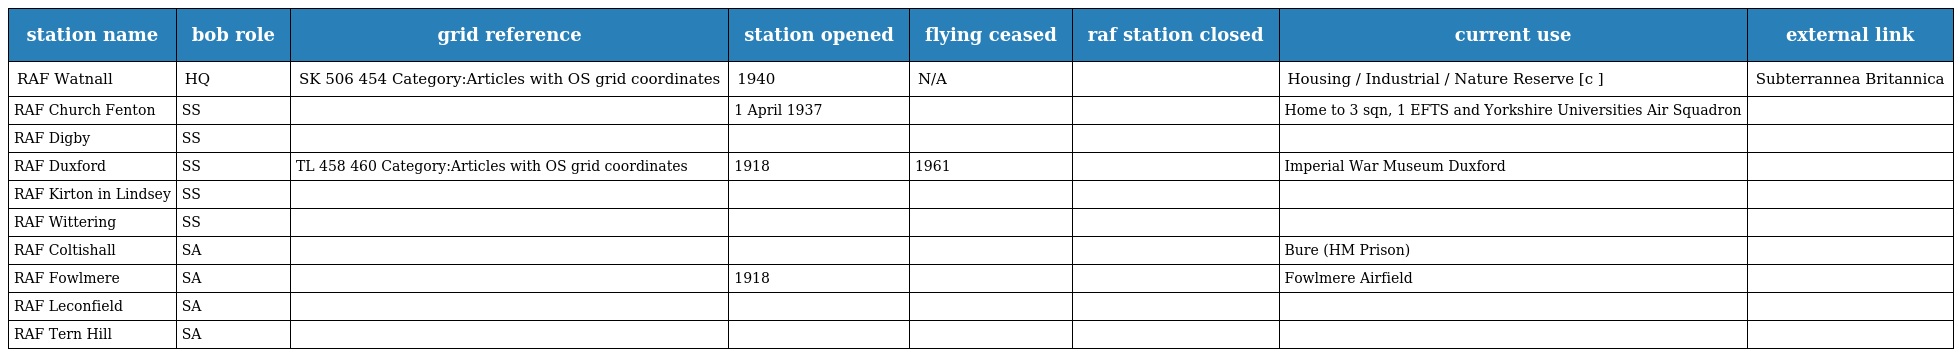
| station name | bob role | grid reference | station opened | flying ceased | raf station closed | current use | external link |
 | --- | --- | --- | --- | --- | --- | --- | --- |
 | RAF Watnall | HQ | SK 506 454 Category:Articles with OS grid coordinates | 1940 | N/A |  | Housing / Industrial / Nature Reserve [c ] | Subterrannea Britannica |
 | RAF Church Fenton | SS |  | 1 April 1937 |  |  | Home to 3 sqn, 1 EFTS and Yorkshire Universities Air Squadron |  |
 | RAF Digby | SS |  |  |  |  |  |  |
 | RAF Duxford | SS | TL 458 460 Category:Articles with OS grid coordinates | 1918 | 1961 |  | Imperial War Museum Duxford |  |
 | RAF Kirton in Lindsey | SS |  |  |  |  |  |  |
 | RAF Wittering | SS |  |  |  |  |  |  |
 | RAF Coltishall | SA |  |  |  |  | Bure (HM Prison) |  |
 | RAF Fowlmere | SA |  | 1918 |  |  | Fowlmere Airfield |  |
 | RAF Leconfield | SA |  |  |  |  |  |  |
 | RAF Tern Hill | SA |  |  |  |  |  |  |